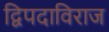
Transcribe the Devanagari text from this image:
द्विपदाविराज